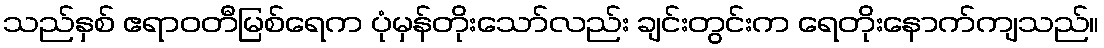
သည်နှစ် ဧရာဝတီမြစ်ရေက ပုံမှန်တိုးသော်လည်း ချင်းတွင်းက ရေတိုးနောက်ကျသည်။